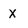
Character: X